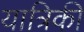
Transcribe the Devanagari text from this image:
यात्रिकी